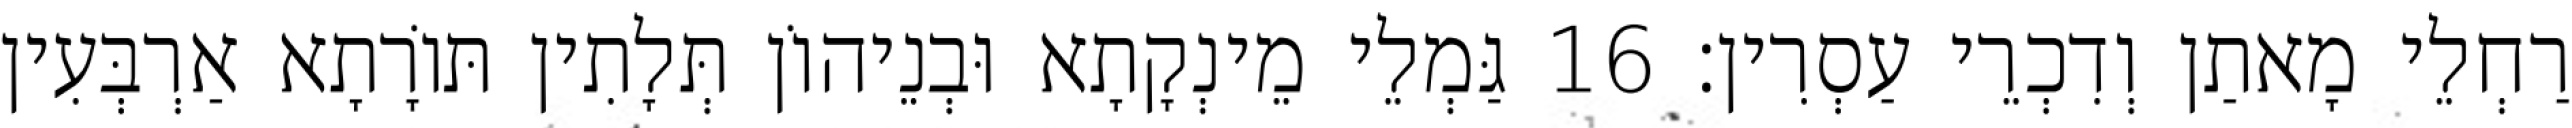
רַחְלֵי מָאתַן וְדִכְרֵי עַסְרִין׃ 16 גַּמְלֵי מֵינְקָתָא וּבְנֵיהוֹן תְּלָתִין תּוֹרָתָא אַרְבְּעִין